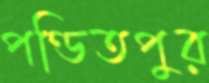
পণ্ডিতপুর